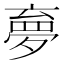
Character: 夣